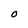
Character: O